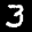
Label: 3